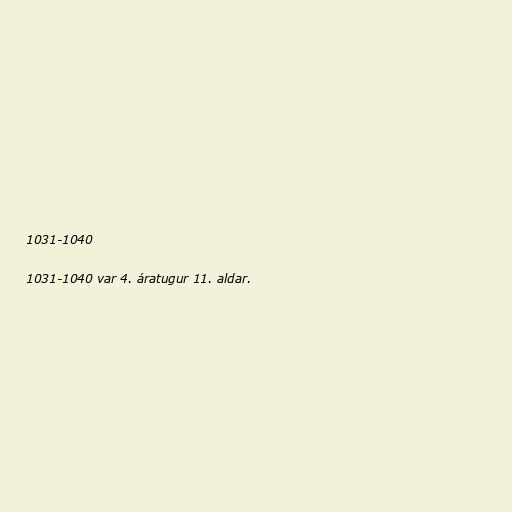
1031-1040

1031-1040 var 4. áratugur 11. aldar.